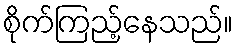
စိုက်ကြည့်နေသည်။